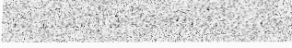
រូបលើជញ្ជាំង និងកម្មវិធីពិសេស